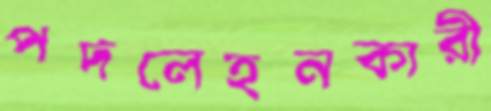
পদলেহনকারী